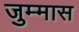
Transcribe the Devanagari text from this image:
जुम्मास